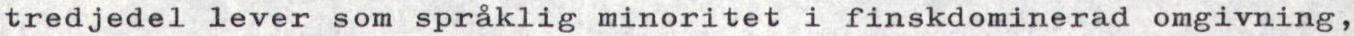
tredjedel lever som språklig minoritet i finskdominerad omgivning,